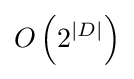
O\left(2^{|D|}\right)